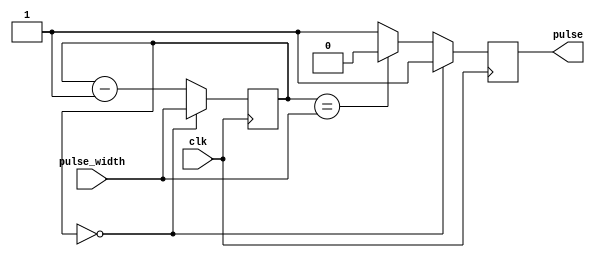
module DutyCyclePulseGenerator (
  input wire clk,
  input wire [7:0] pulse_width,
  output reg pulse
);

reg [7:0] counter;

always @ (posedge clk) begin
  if (counter == 8'd0) begin
    pulse <= 1'b1;
    counter <= pulse_width;
  end else begin
    if (counter == pulse_width) begin
      pulse <= 1'b0;
      counter <= counter - 8'd1;
    end else begin
      pulse <= 1'b1;
      counter <= counter - 8'd1;
    end
  end
end

endmodule